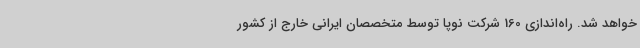
خواهد شد. راه‌اندازی 160 شرکت نوپا توسط متخصصان ایرانی خارج از کشور